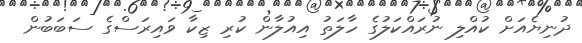
ދުނިޔެއަށް ކުއްލި ނުރައްކަލުގެ ހާލަތު އިއުލާން ކުރި ޒިކާ ވައިރަސްގެ ސަބަބުން